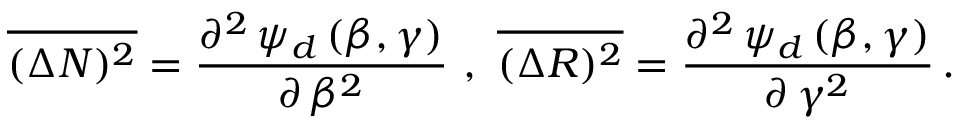
\overline { { { ( \Delta N ) ^ { 2 } } } } = \frac { \partial ^ { 2 } \, \psi _ { d } \, ( \beta , \gamma ) } { \partial \, \beta ^ { 2 } } \ , \ \overline { { { ( \Delta { \cal R } ) ^ { 2 } } } } = \frac { \partial ^ { 2 } \, \psi _ { d } \, ( \beta , \gamma ) } { \partial \, \gamma ^ { 2 } } \, .